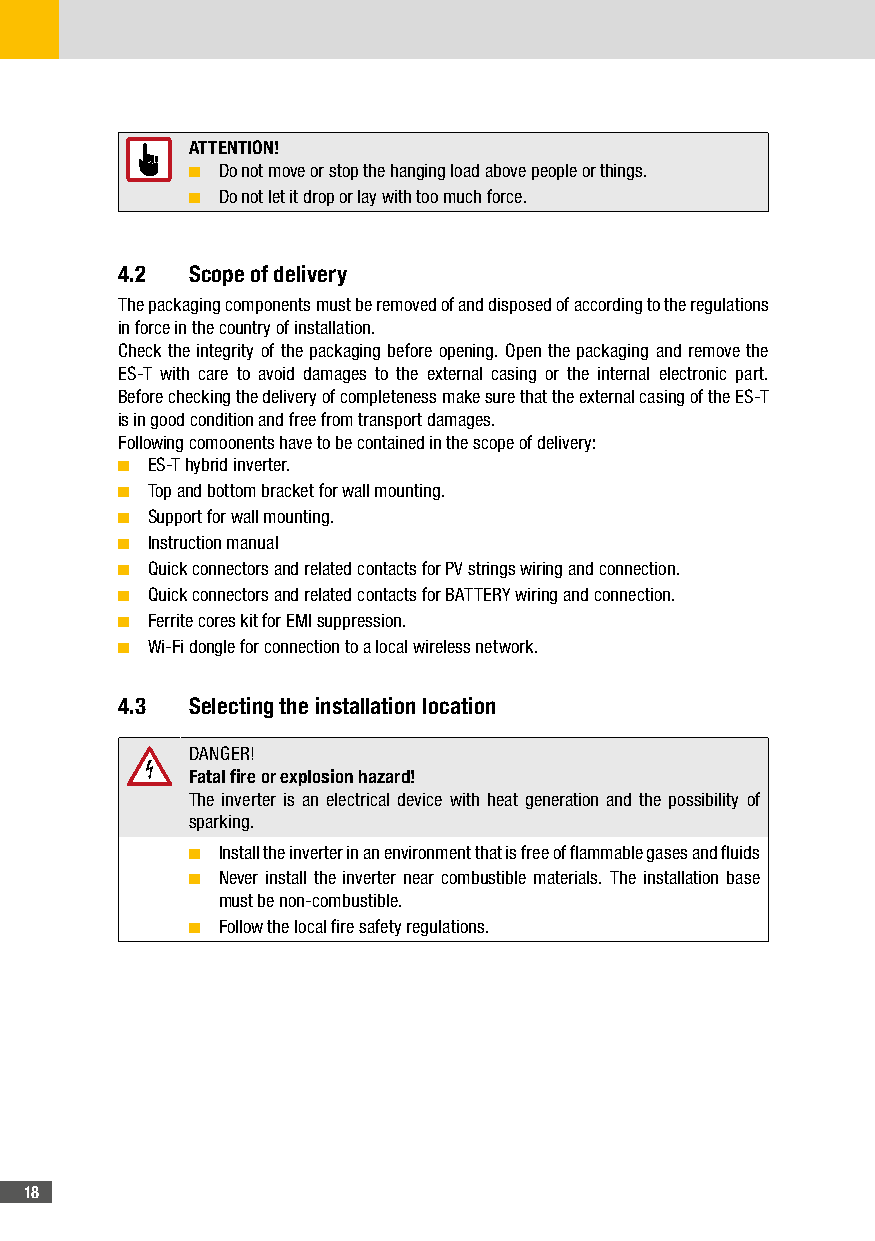
ATTENTION!
 ■ Do not move or stop the hanging load above people or things.
 ■ Do not let it drop or lay with too much force.
 4�2  Scope of delivery
 The packaging components must be removed of and disposed of according to the regulations
 in force in the country of installation.
 Check the integrity of the packaging before opening. Open the packaging and remove the
 ES-T with care to avoid damages to the external casing or the internal electronic part.
 Before checking the delivery of completeness make sure that the external casing of the ES-T
 is in good condition and free from transport damages.
 Following comoonents have to be contained in the scope of delivery:
 ■ ES-T hybrid inverter.
 ■ Top and bottom bracket for wall mounting.
 ■ Support for wall mounting.
 ■ Instruction manual
 ■ Quick connectors and related contacts for PV strings wiring and connection.
 ■ Quick connectors and related contacts for BATTERY wiring and connection.
 ■ Ferrite cores kit for EMI suppression.
 ■ Wi-Fi dongle for connection to a local wireless network.
 4�3  Selecting the installation location
 DANGER!
 Fatal fire or explosion hazard!
 The inverter is an electrical device with heat generation and the possibility of
 sparking.
 ■ Install the inverter in an environment that is free of flammable gases and fluids
 ■ Never install the inverter near combustible materials. The installation base
 must be non-combustible.
 ■ Follow the local fire safety regulations.
 18